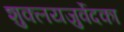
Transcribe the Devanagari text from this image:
शुक्लयजुर्वेदका